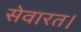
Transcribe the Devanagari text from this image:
सेवारत।